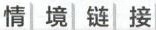
情境链接